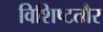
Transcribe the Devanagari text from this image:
विशिष्टतौर